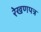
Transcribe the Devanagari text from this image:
रेखणपत्र